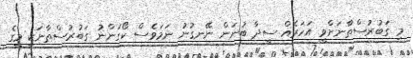
މި ގަބުރުސްތާނަށްވީ އަހަރެއް ސީދާ ބުނަން ނޭނގުނު ނަމަވެސް ކޯގަންނު ގަބުރުސްތާނަކީ މީގެ